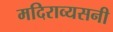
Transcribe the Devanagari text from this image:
मदिराव्यसनी